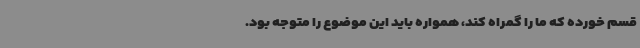
قسم خورده که ما را گمراه کند، همواره باید این موضوع را متوجه بود.